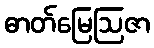
ဓာတ်မြေဩဇာ